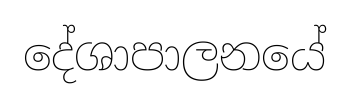
දේශාපාලනයේ